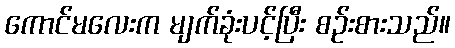
ကောင်မလေးက မျက်ခုံးပင့်ပြီး စဉ်းစားသည်။